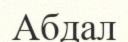
Абдал